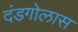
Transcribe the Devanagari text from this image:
दंडगोलास